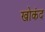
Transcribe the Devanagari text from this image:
खोकंद